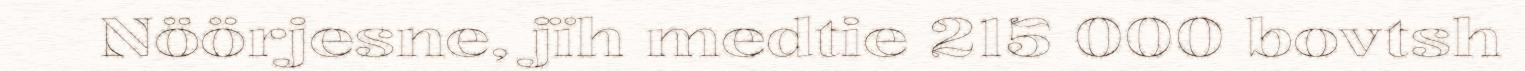
Nöörjesne, jïh medtie 215 000 bovtsh